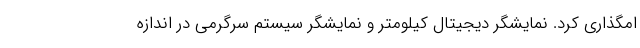
امگذاری کرد. نمایشگر دیجیتال کیلومتر و نمایشگر سیستم سرگرمی در اندازه